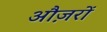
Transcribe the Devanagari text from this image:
औज़रों